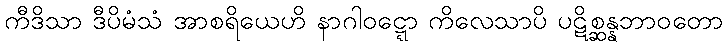
ကီဒိသာ ဒီပိမံသံ အာစရိယေဟိ နာဂါဝဋ္ဋော ကိလေသာပိ ပဋိစ္ဆန္နဘာဝတော